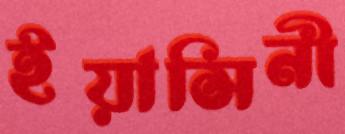
ইয়াসিনী